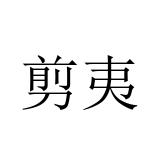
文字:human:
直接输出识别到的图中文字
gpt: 剪夷